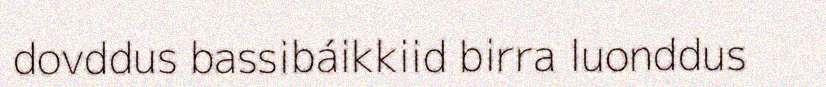
dovddus bassibáikkiid birra luonddus